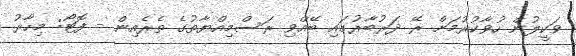
ވަކީލުން ހުވާކުރުމަށް ރޭ ދަރުބާރުގައި ބޭއްވި ރަސްމިއްޔާތުގެ ތެރެއިން - ފޮޓޯ: މިހާރު